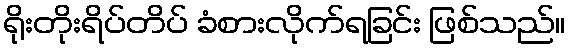
ရိုးတိုးရိပ်တိပ် ခံစားလိုက်ရခြင်း ဖြစ်သည်။